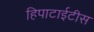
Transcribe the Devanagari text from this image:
हिपाटाईटीस